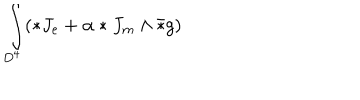
LaTeX: \int _ { D ^ { 4 } } ( * J _ { e } + \alpha * J _ { m } \wedge \bar { * } g )